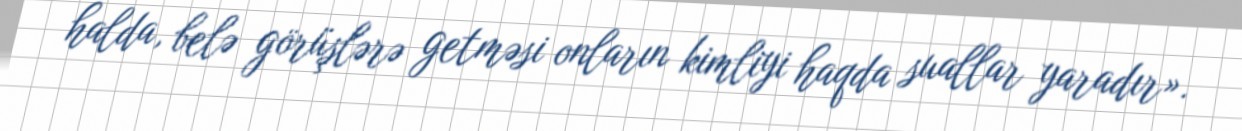
halda, belə görüşlərə getməsi onların kimliyi haqda suallar yaradır».